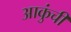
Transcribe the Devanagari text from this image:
आकुंची